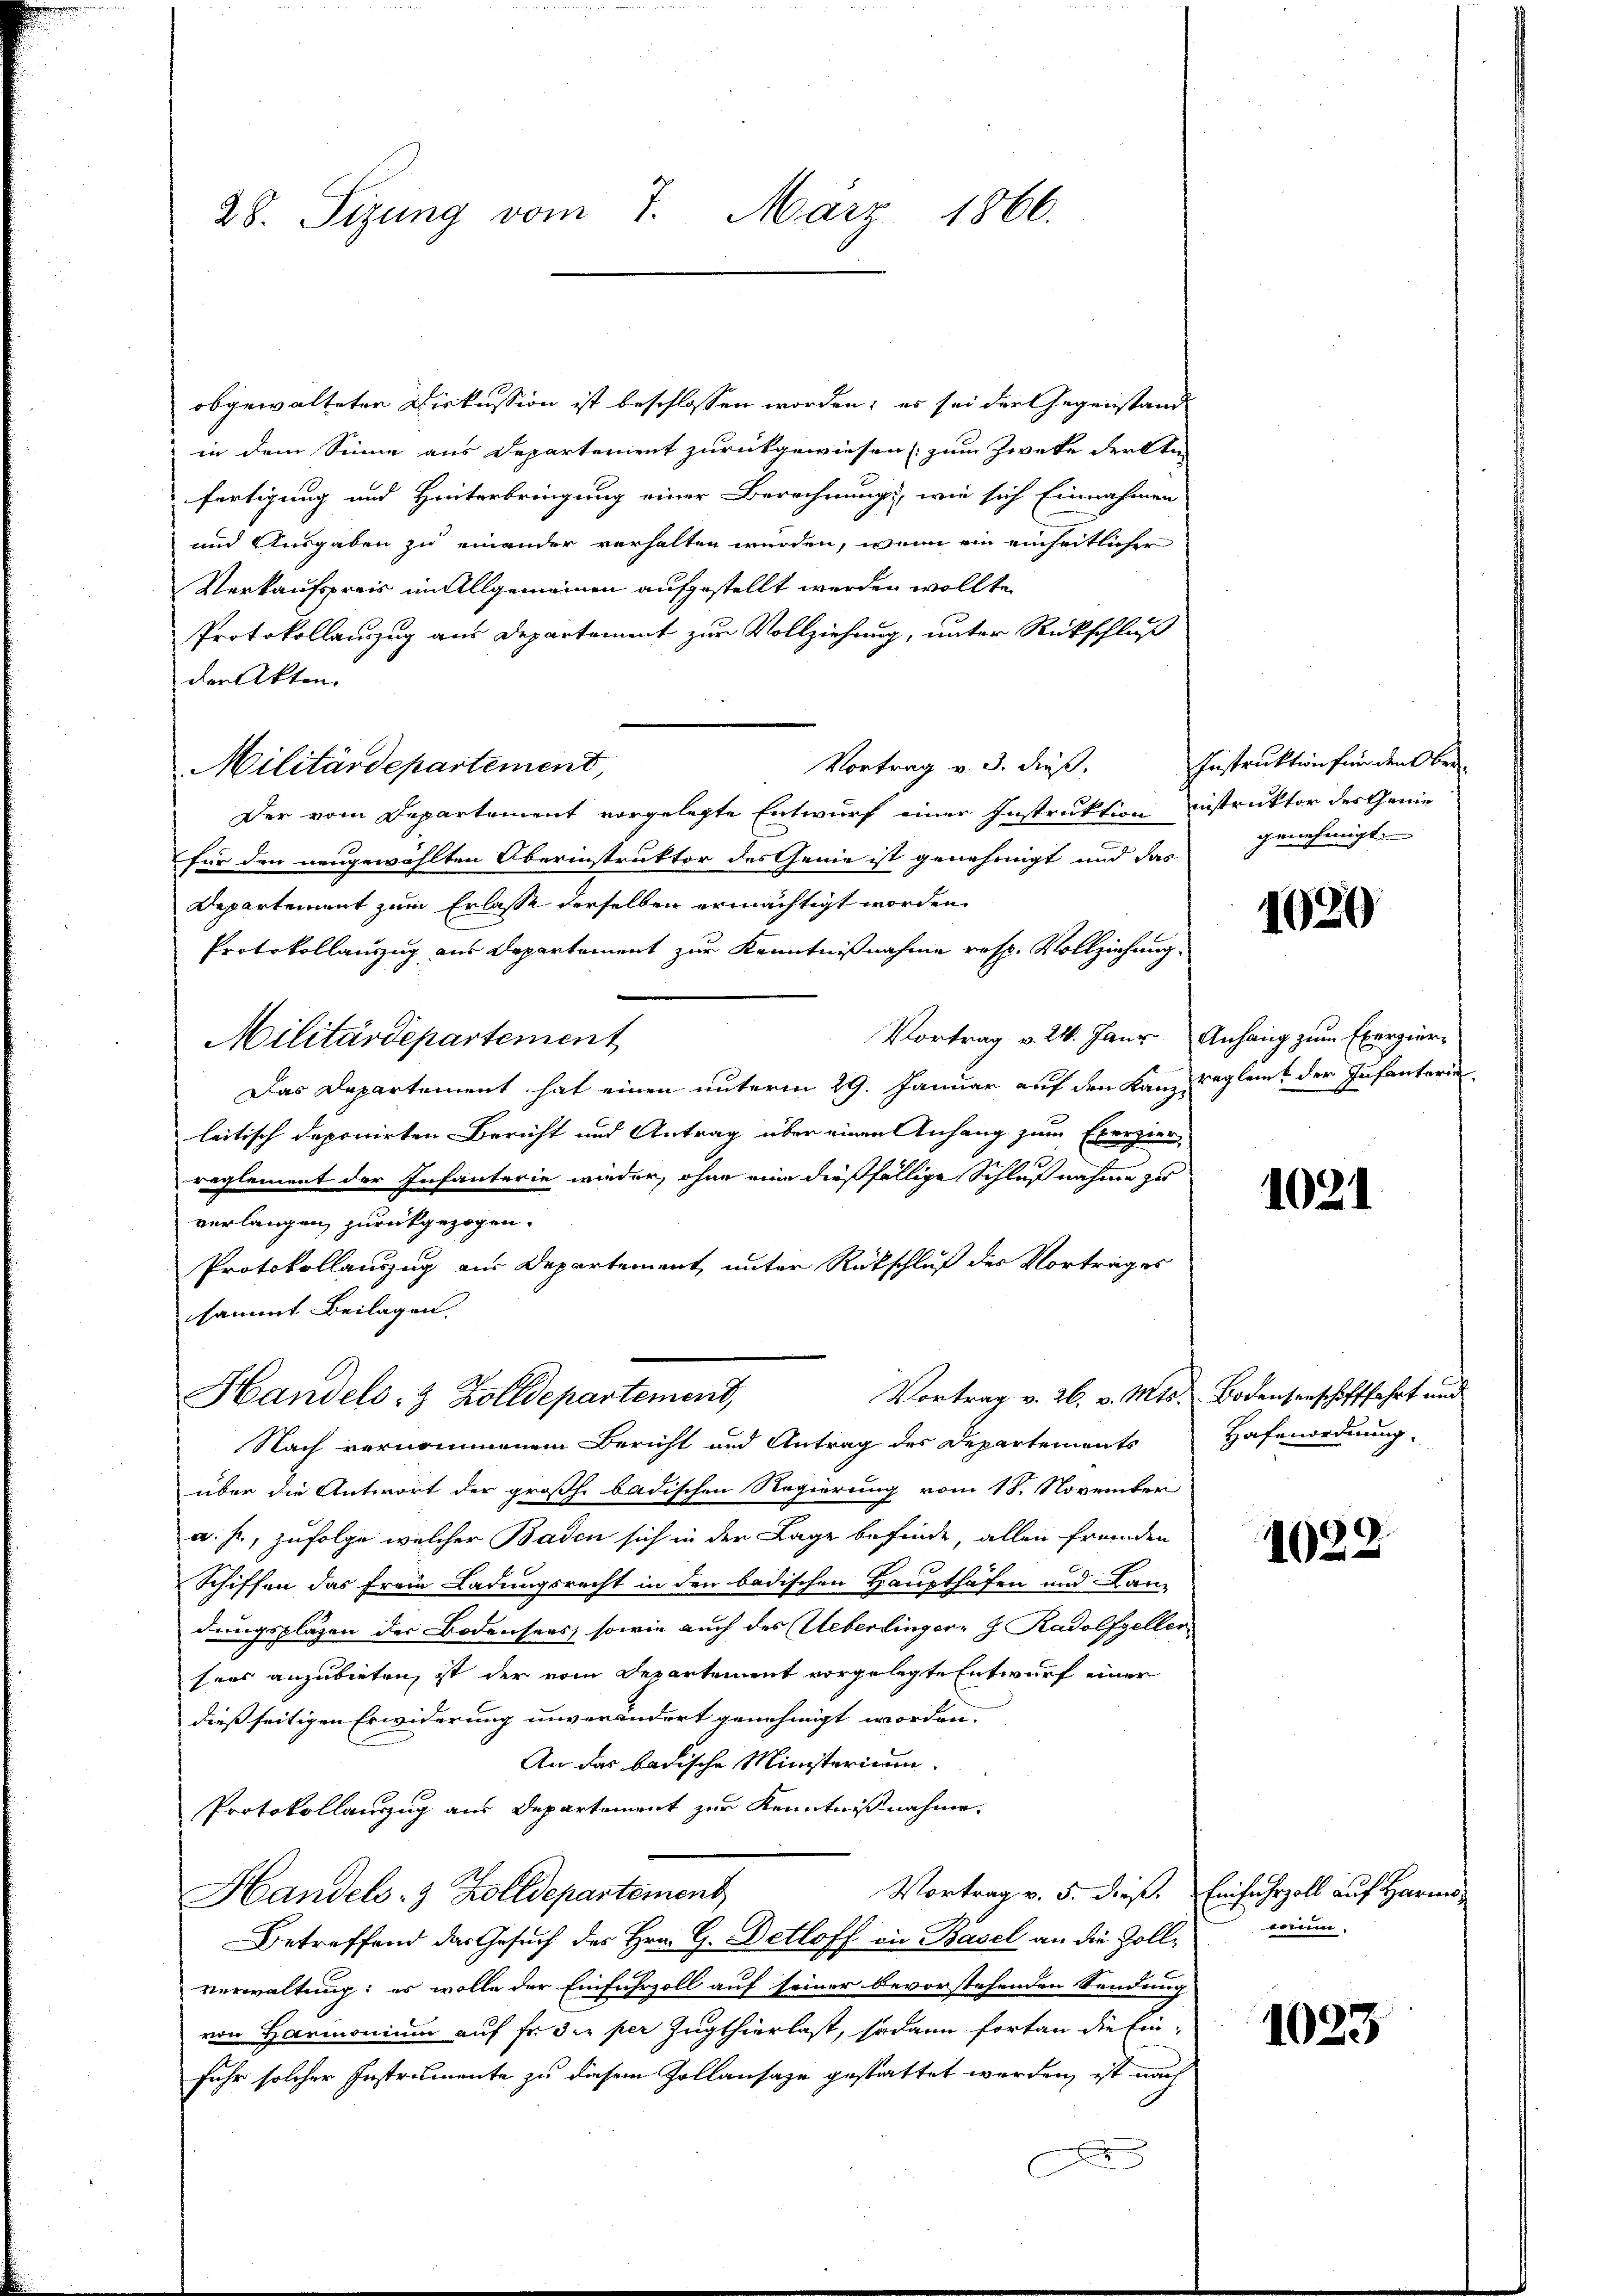
28. Sizung vom 7. März 1866.

obgewalteten Diskussion ist beschlossen worden; es sei der Gegenstand
in dem Sinne aus Departement zurückgewiesen zum Zwecke der kein
fertigung und Hinterbringung einer Berechnung, wie sich Einnahmen
und Ausgaben zu einander verhalten werden, wenn ein einheitlicher
Verkaufspreis im Allgemeinen aufgestellt werden wollte,
Protokollauszug aus Departement zur Vollziehung, unter Rückschluß
der Akten.
Vortrag v. 3. dieß.
Militärdepartement,
Der vom Departement vorgelegte Entwurf einer Instruktion instruktor des Genie
für den neugewählten Oberinstruktor des Genie ist genehmigt und das genehmigt.
Departement zum Erlasse derselben ermächtigt worden.
Protokollauszug aus Departement zur Kenntnißnahme resp. Vollziehung.
Vortrag v. 24. Janr. Anhang zum Exerzier-
Militärdepartement
Das Departement hat einen unterm 29. Januar auf den Kanz regleit der Infanterie
leitisch deponirten Bericht und Antrag über einen Anhang zum Exerzier
reglement der Infanterie wieder, ohne eine dießfällige Schlußnahme zu
verlangen zurückgezogen.
Protokollauszug aus Departement unter Rückschluß des Vortrages
sammt Beilagen.
Vortrag v. 26. v. Mts. Bodensenschafffahrt und
Handels- & Zolldepartemend,
Nach vernommenem Bericht und Antrag des Departements
über die Antwort der großh. badischen Regierung vom 18. November
a. h., zufolge welcher Baden sich in der Lage befinde, allen fremden
Schiffen das Frau Ladungsrecht in den badischen Haupthafen und Lan-
dungspläzen der Bodensees, sowie auch des Ueberlinger- J Radolfzeller
sees anzubieten, ist der vom Departement vorgelegte Entwurf einer
dießseitigen Erwiderung unverändert genehmigt worden.
An das badische Ministerium
Protokollanzzug aus Departement zur Kenntnißnahme.
Vortrag v. 5. dieß. Einfuhrzoll auf Harmo
Handels- & Zolldepartement
Betreffend das Gesuch des Hrn. G. Detloff an Basel an die Zollverwaltung; es wolle der Einfuhrzoll auf seiner bevorstehenden Sendung
von Harmonium auf fr. 3. per Zugthierlast, sodann fortan die Einfuhr solcher Instrumente zu diesem Zollansage gestattet werden, ist nach
f

Instruktion für den Ober¬

1020

1021

Hafenordnung.

1022

wuun.

1023